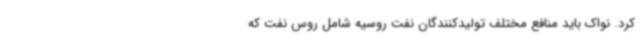
کرد. نواک باید منافع مختلف تولیدکنندگان نفت روسیه شامل روس نفت که